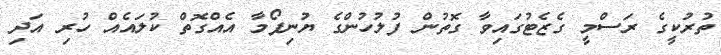
ތުރުކީގެ ރަސްމީ ގެޒެޓުގައިވާ ގޮތުން ފުލުހުންގެ ޔުނިފޯމާ އެއްގޮތް ކުލައެއް ހުރި އަދި